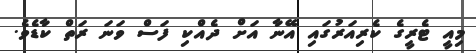
މިއީ ޓެރީގެ ކެރިއަރުގައި އޭނާ އަށް ދެއްކި ފަސް ވަނަ ރަތް ކާޑެވެ.